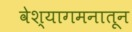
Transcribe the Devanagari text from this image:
वेश्यागमनातून